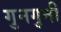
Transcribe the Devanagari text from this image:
गुनगुनी